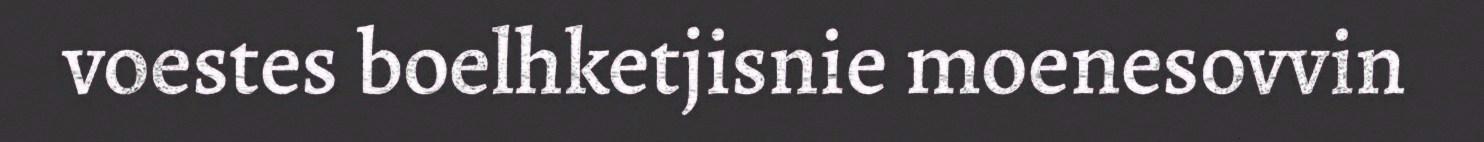
voestes boelhketjisnie moenesovvin